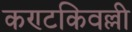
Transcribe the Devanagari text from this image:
कण्टकिवल्ली